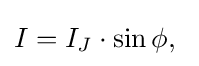
I=I_{J}\cdot \sin \phi ,\